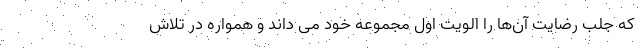
که جلب رضایت آن‌ها را الویت اول مجموعه خود می داند و همواره در تلاش